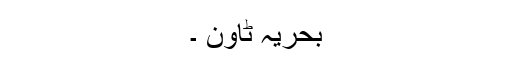
بحریہ ٹاؤن ۔